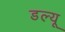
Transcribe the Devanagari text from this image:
डल्यू